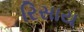
રિસાય